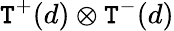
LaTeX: {\cal\mathtt{T}}^{+}(d)\otimes{\cal\mathtt{T}}^{-}(d)